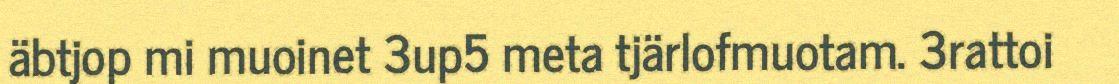
äbtjop mi muoinet 3up5 meta tjärlofmuotam. 3rattoi